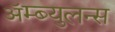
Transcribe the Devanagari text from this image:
ॲम्ब्युलन्स